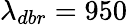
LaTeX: \lambda_{dbr}=950